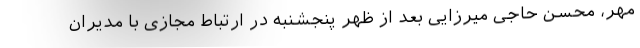
مهر، محسن حاجی میرزایی بعد از ظهر پنجشنبه در ارتباط مجازی با مدیران